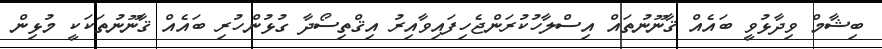
ބިޝާމް ވިދާޅުވީ ބައެއް ޤާނޫނުތައް އިސްލާހުކުރަންޖެހިފައިވާއިރު އިޤްތިސޯދާ ގުޅުންހުރި ބައެއް ޤާނޫނުތަކަކީ މުޅިން